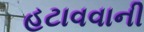
હટાવવાની